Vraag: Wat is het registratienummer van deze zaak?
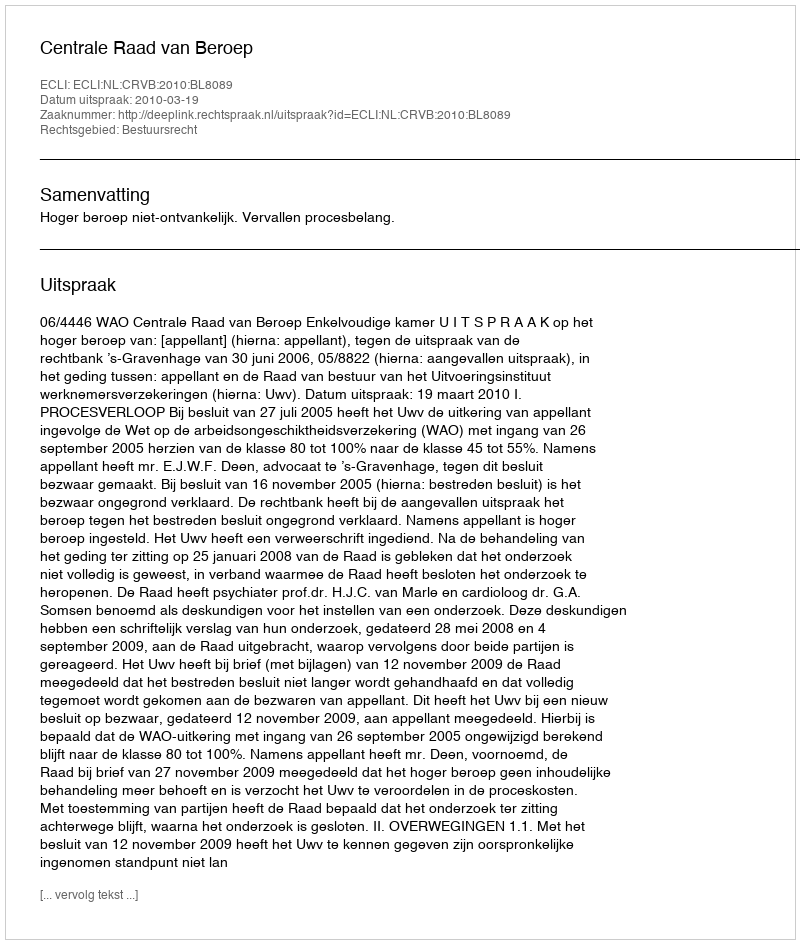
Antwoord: http://deeplink.rechtspraak.nl/uitspraak?id=ECLI:NL:CRVB:2010:BL8089